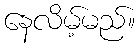
နေလိမ့်မည်။